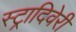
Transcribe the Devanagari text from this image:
स्ट्रादिवेरी